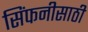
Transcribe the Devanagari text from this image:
सिंफनीसाठी